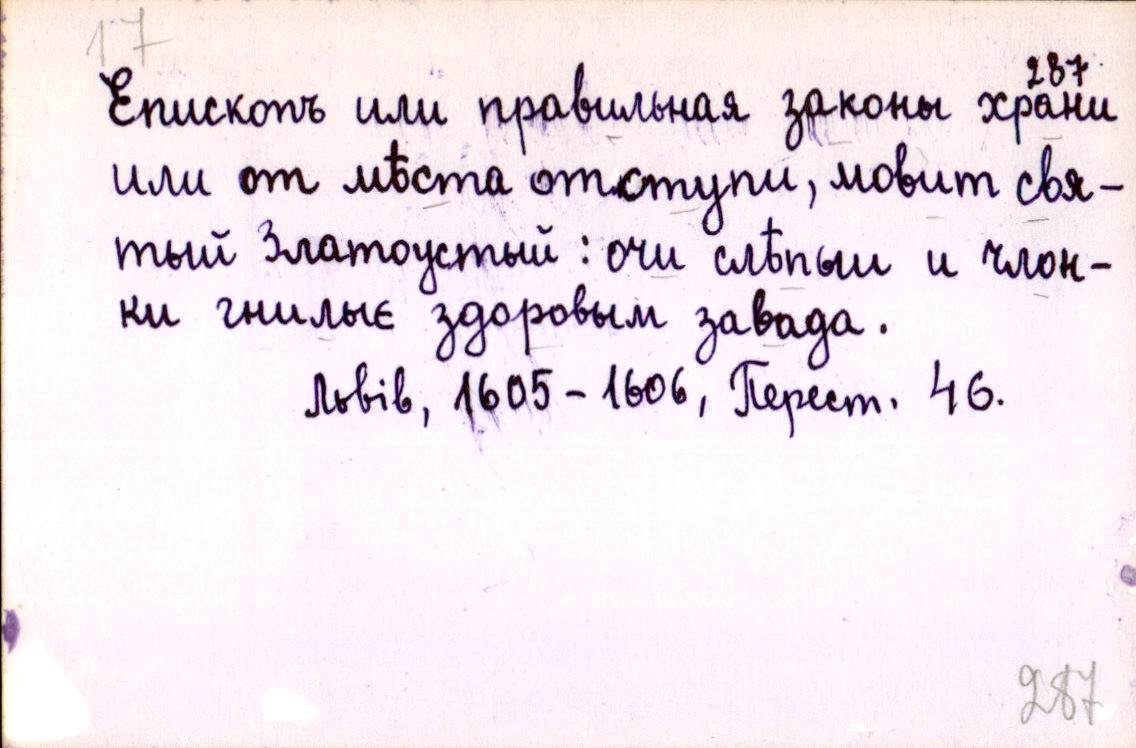
Епископъ или правильная законы храни
или от мѣста отступи, мовит свя-
тый Златоустый: очи слѣпыи и члон-
ки гнилыє здоровым завада.
Львів, 1605-1606, Перест. 46.